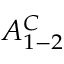
A _ { 1 - 2 } ^ { C }